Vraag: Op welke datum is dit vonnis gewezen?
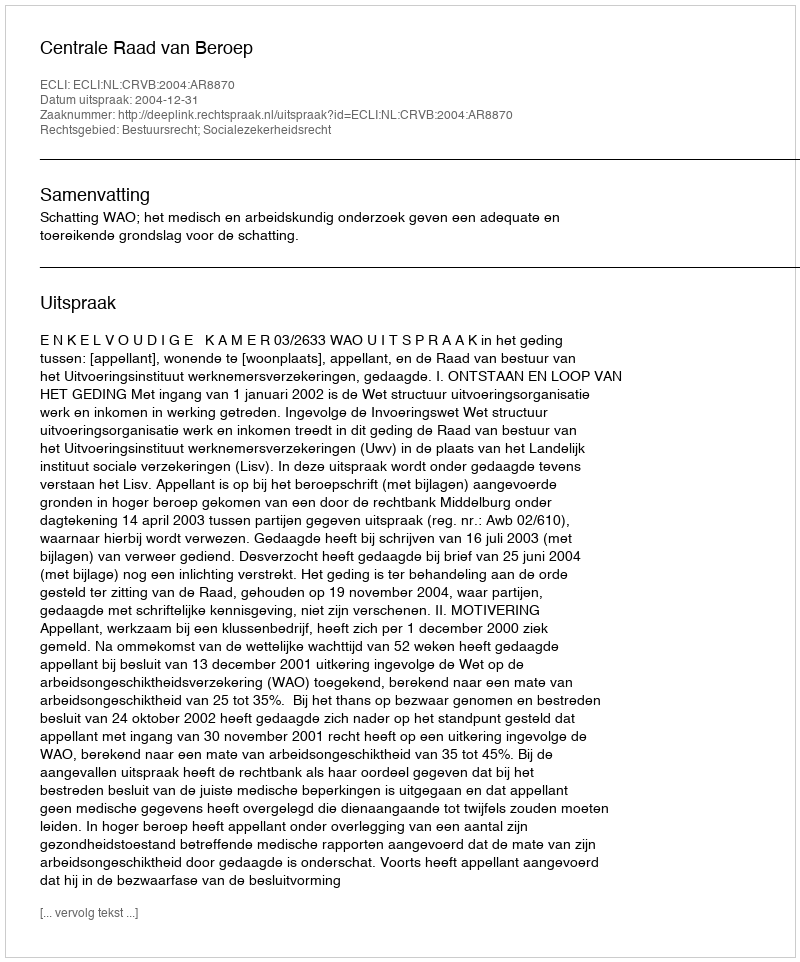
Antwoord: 2004-12-31